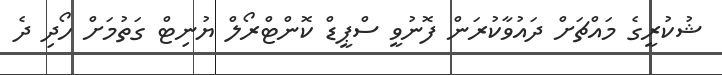
ޝުކުރީގެ މައްޗަށް ދައުވާކުރަން ފޮނުވީ ސްޕީޑް ކޮންޓްރޯލް ޔުނިޓް ގަތުމަށް ހޯދި ދެ